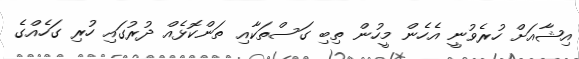
އިޝާއަށް ހުރެވުނީ އެހެން މީހުން ތިބި ގަސްތަކާއި ތަންކޮޅެއް ދުރުގައި ހުރި ގަހެއްގެ